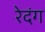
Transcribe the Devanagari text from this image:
रेदंग